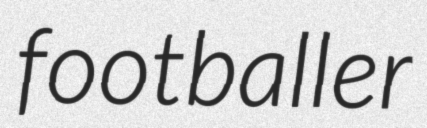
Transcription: footballer